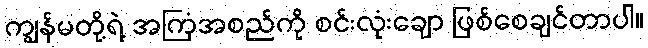
ကျွန်မတို့ရဲ့ အကြံအစည်ကို စင်းလုံးချော ဖြစ်စေချင်တာပါ။